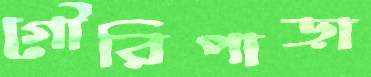
গৌরিপাড়া